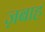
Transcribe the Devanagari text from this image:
ज़बाह